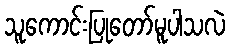
သူကောင်းပြုတော်မူပါသလဲ